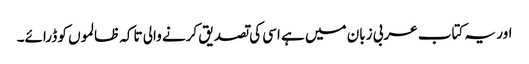
اور یہ کتاب عربی زبان میں ہے اسی کی تصدیق کرنے والی تاکہ ظالموں کو ڈرائے۔